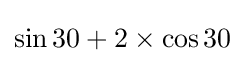
\sin 30+2\times \cos 30